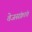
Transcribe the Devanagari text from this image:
तेजसंक्रांत